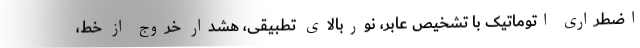
اضطراری اتوماتیک با تشخیص عابر، نوربالای تطبیقی، هشدار خروج از خط،